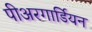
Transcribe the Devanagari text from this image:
पीअरगार्डियन